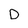
Character: D